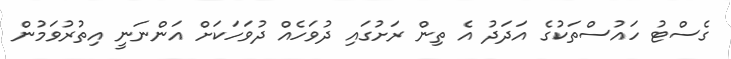
ގެސްޓު ހައުސްތަކުގެ އަދަދު އެ ތިން ރަށުގައި ދުވަހެއް ދުވަހަކަށް އަންނަނީ އިތުރުވަމުން